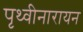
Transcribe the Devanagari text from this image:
पृथ्वीनारायन